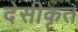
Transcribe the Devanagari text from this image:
देसीकृत